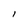
Character: I